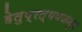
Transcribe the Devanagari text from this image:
हेतुप्रत्ययजन्य